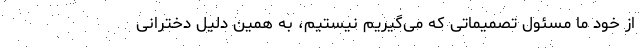
از خود ما مسئول تصمیماتی که می‌گیریم نیستیم، به همین دلیل دخترانی